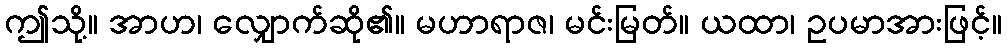
ဤသို့။ အာဟ၊ လျှောက်ဆို၏။ မဟာရာဇ၊ မင်းမြတ်။ ယထာ၊ ဥပမာအားဖြင့်။